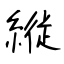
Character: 縦